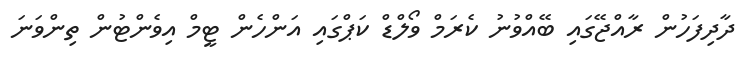
ދާދިފަހުން ރާއްޖޭގައި ބޭއްވުނު ކެރަމް ވޯލްޑް ކަޕްގައި އަންހެން ޓީމް އިވެންޓުން ތިންވަނަ